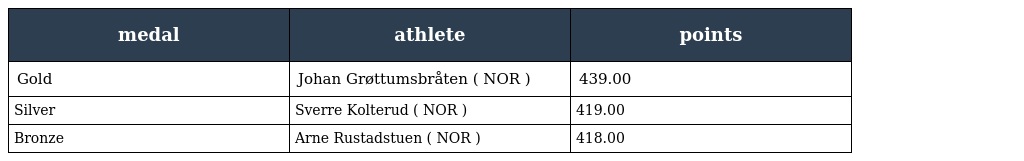
| medal | athlete | points |
 | --- | --- | --- |
 | Gold | Johan Grøttumsbråten ( NOR ) | 439.00 |
 | Silver | Sverre Kolterud ( NOR ) | 419.00 |
 | Bronze | Arne Rustadstuen ( NOR ) | 418.00 |